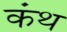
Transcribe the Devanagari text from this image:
कंथ